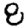
Digit: 8